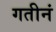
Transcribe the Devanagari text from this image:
गतीनं